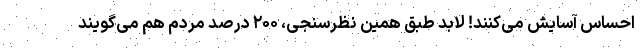
احساس آسایش می‌کنند! لابد طبق همین نظرسنجی، ۲۰۰ درصد مردم هم می‌گویند